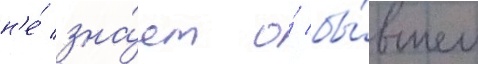
н'е́ зна́ет о́ бы́вшем